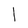
Character: l